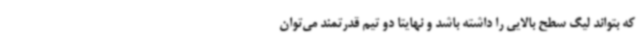
که بتواند لیگ سطح بالایی را داشته باشد و نهایتا دو تیم قدرتمند می‌توان